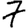
Digit: 7